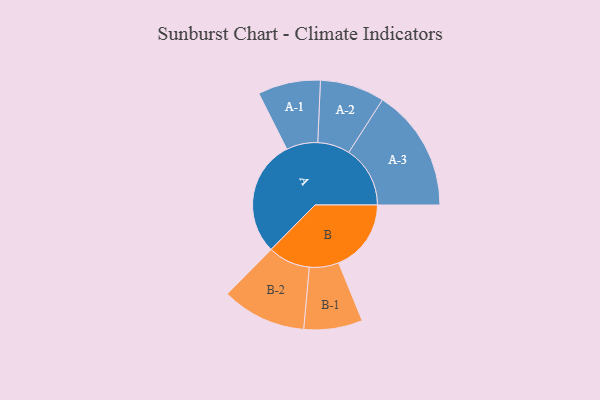
{"axis": {"x": "Segment", "y": "Value"}, "legend": ["", "A", "B"], "data": [{"x": "A", "y": 468, "type": ""}, {"x": "B", "y": 292, "type": ""}, {"x": "A-1", "y": 126, "type": "A"}, {"x": "A-2", "y": 130, "type": "A"}, {"x": "A-3", "y": 247, "type": "A"}, {"x": "B-1", "y": 118, "type": "B"}, {"x": "B-2", "y": 170, "type": "B"}]}